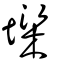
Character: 墚